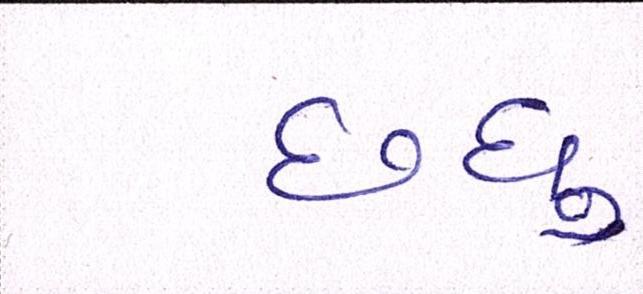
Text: છધુ